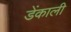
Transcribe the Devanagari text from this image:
डेंकाली